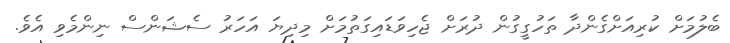
ބެލުމަށް ކުރިއަށްގެންދާ ތަހުގީގުން ދުރަށް ޖެހިވަޑައިގަތުމަށް މިދިޔަ އަހަރު ސެޝަންސް ނިންމެވި އެވެ.